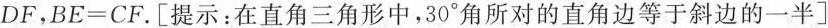
DF$$，$$BE=CF$$。[提示：在直角三角形中，30°角所对的直角边等于斜边的一半]